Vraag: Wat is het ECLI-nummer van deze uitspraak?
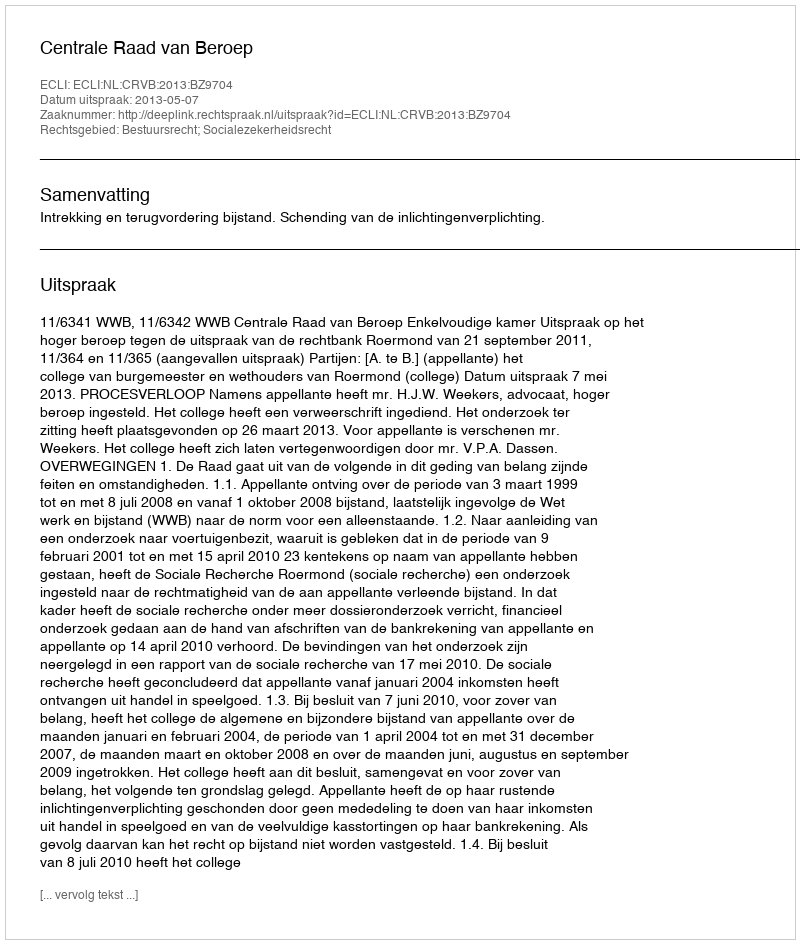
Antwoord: ECLI:NL:CRVB:2013:BZ9704